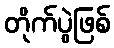
တိုက်ပွဲဖြစ်